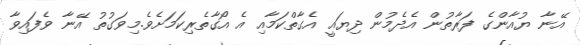
އޭނާާ ޔުއާންގެ ފަރާތުން އެދެމުން ދިޔައީ އެގާތްކަމާއި އެ އޯގާތެރިކަމަށެވެ.މިވަގުތު އޭނާ ވެފައިވާ